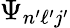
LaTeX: \Psi_{n^{\prime}\ell^{\prime}j^{\prime}}